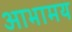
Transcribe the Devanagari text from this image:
आभामय